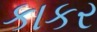
કાકર